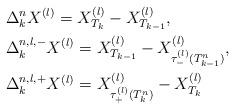
LaTeX: \begin{align*}&\Delta_k^n X^{(l)}=X^{(l)}_{T_k}-X^{(l)}_{T_{k-1}},\\&\Delta_k^{n,l,-}X^{(l)}=X^{(l)}_{T_{k-1}}-X^{(l)}_{\tau_-^{(l)}(T_{k-1}^n)},\\&\Delta_k^{n,l,+}X^{(l)}=X^{(l)}_{\tau_+^{(l)}(T_{k}^n)}-X^{(l)}_{T_k}\end{align*}